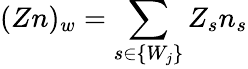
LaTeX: (Zn)_{w}=\sum_{s\in\{ W_{j}\} }Z_{s}n_{s}